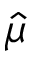
\hat { \mu }